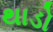
થાડો